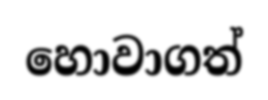
හොවාගත්